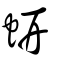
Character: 蚈